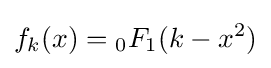
f_{k}(x)={}_{0}F_{1}(k-x^{2})